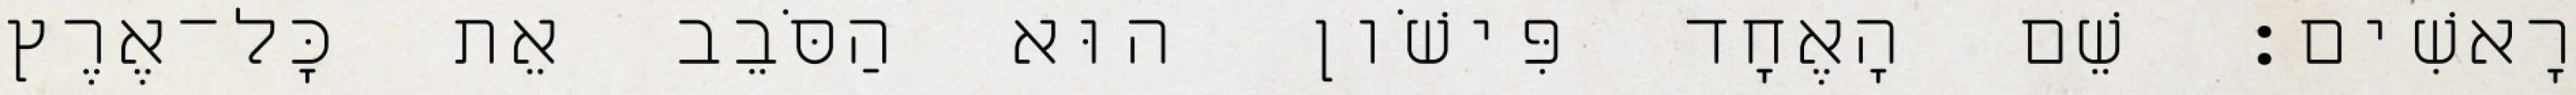
רָאשִׁים׃ שֵׁם הָאֶחָד פִּישֹׁון הוּא הַסֹּבֵב אֵת כָּל־אֶרֶץ